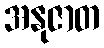
အနုဇာတ